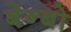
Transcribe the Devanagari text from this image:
बेन्बो